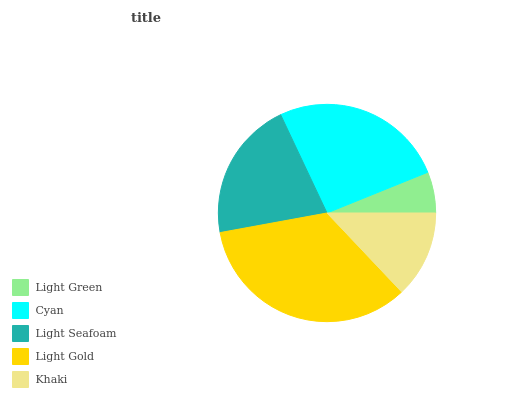
| Light Green | Cyan | Light Seafoam | Light Gold | Khaki |
 | --- | --- | --- | --- | --- |
 | 6.11% | 25.9% | 20.8% | 34.2% | 12.9% |